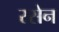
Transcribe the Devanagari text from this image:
रसेन